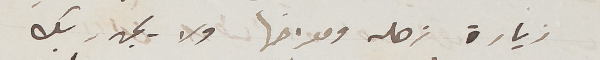
زيارة زحله ومعرضها ولا يجدر بك